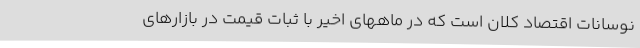
نوسانات اقتصاد کلان است که در ماههای اخیر با ثبات قیمت در بازارهای